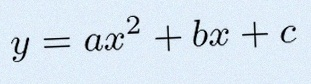
y=ax^2+bx+c